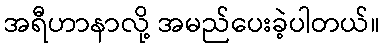
အရီဟာနာလို့ အမည်ပေးခဲ့ပါတယ်။